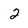
Character: 2